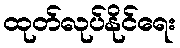
ထုတ်လုပ်နိုင်ရေး